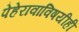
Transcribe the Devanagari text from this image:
पेहेरावाविषयीही